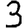
Digit: 3